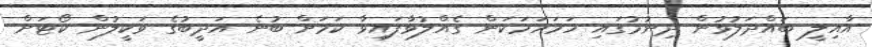
އާއިލީ ބައްދަލުވުން ދިނުމުގައި ހަމަހަމަކަން ގެއްލުވާފައިވާ ކަމަށް ބުނެ އަދީބުގެ ވަކީލުން ކޯޓަށް